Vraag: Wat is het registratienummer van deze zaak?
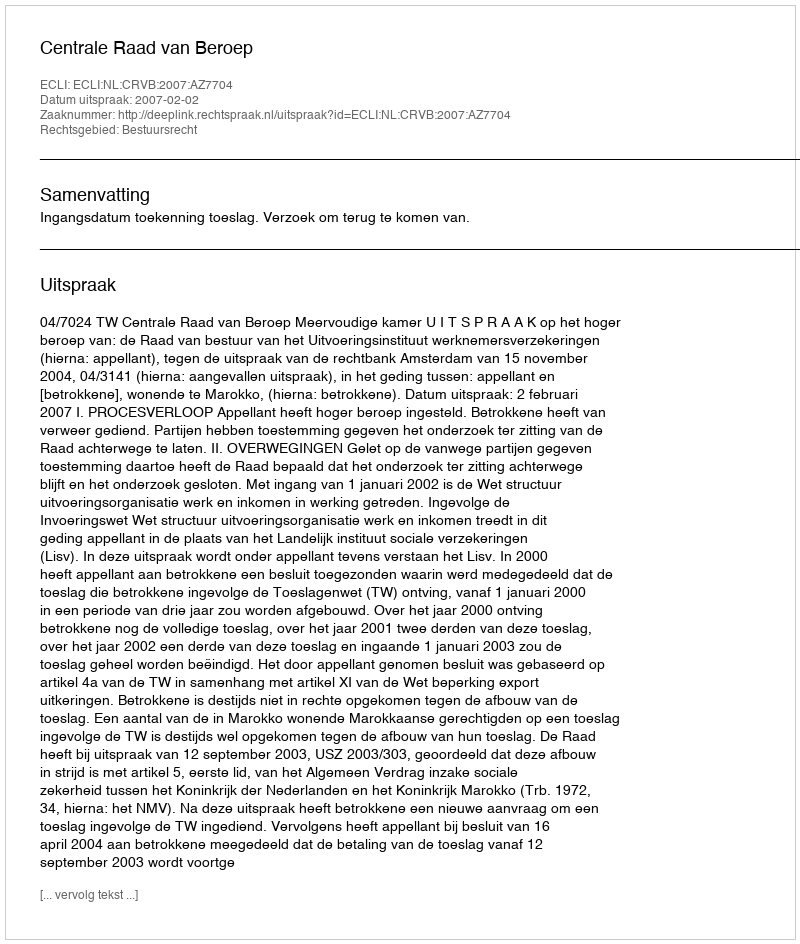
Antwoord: http://deeplink.rechtspraak.nl/uitspraak?id=ECLI:NL:CRVB:2007:AZ7704